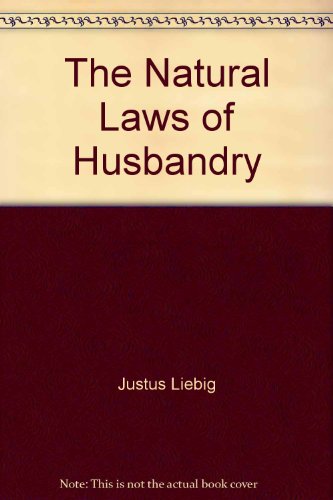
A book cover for The natural laws of husbandry (Use and abuse of America's natural resources); Justus Liebig; Law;